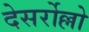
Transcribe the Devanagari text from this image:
देसर्रोल्लो